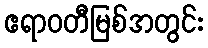
ဧရာဝတီမြစ်အတွင်း